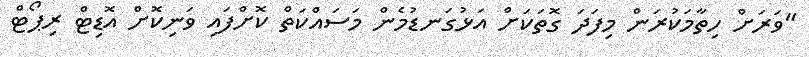
"ވަރަށް ހިތާމަކުރަން މިފަދަ ގޮތަކަށް އަޅުގަނޑުމެން މަސައްކަތް ކޮށްފައި ވަނިކޮށް އޮޑިޓް ރިޕޯޓް